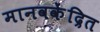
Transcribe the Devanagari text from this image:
मानवकेंद्रित